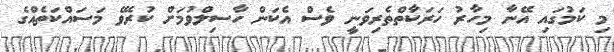
މި ކަމުގައި އޭނާ މިހާރު ހަރަކާތްތެރިވަނީ ވެސް އެކަން ހާސިލްވުމަށް ކުރެވޭ މަސައްކަތެއްގެ